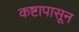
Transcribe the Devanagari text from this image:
कष्टापासून